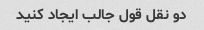
دو نقل قول جالب ایجاد کنید